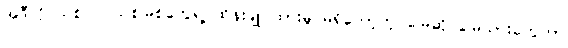
အဲဒီလို သစ်ပင် သစ်မြစ်တွေရဲ့ ထိန်းချုပ်ထားမှု မရှိတော့တဲ့ မြေဆိုင်မြေသားတွေဟာ